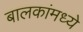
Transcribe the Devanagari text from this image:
बालकांमध्ये